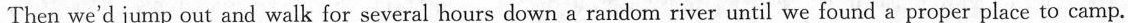
Then we'd jump out and walk for several hours down a random river until we found a proper place to camp.